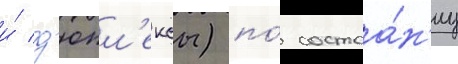
и́ д'юпл'ексы) по́ состоа́н'иу